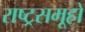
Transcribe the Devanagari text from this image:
राष्ट्रसमूहों